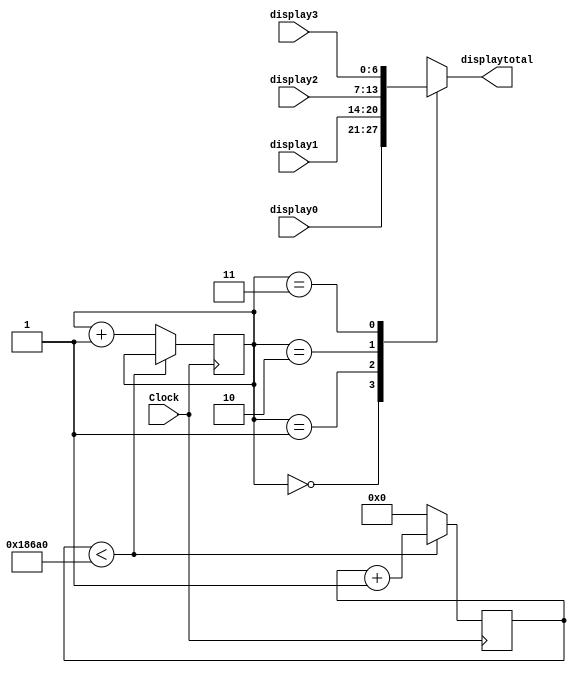
`timescale 1ns / 1ps
//////////////////////////////////////////////////////////////////////////////////
// Company: 
// Engineer: 
// 
// Design Name: 
// Module Name:    Selectordisplay 
// Project Name: 
// Target Devices: 
// Tool versions: 
// Description: 
//
// Dependencies: 
//
// Revision: 
// Revision 0.01 - File Created
// Additional Comments: 
//
//////////////////////////////////////////////////////////////////////////////////
module Selectordisplay(Clock,display0,display1,display2,display3,displaytotal);
	 
	input Clock;
	input [6:0] display0,display1,display2,display3;
	output reg [6:0] displaytotal;
			
		reg [1:0] digito = 0;
		reg [25:0] counter = 0;
	
	 
	 always@(posedge Clock)
	 begin 
			if(counter < 100000)
				counter <= counter +1;
			else 
				begin
					counter <= 0;
					digito <= digito+ 1;
				end
	 	  
	 end
	 
	 always@(*)
	 begin
	 
	 case(digito)
	
			2'b00 : displaytotal = display0;
			2'b01 : displaytotal = display1;
			2'b10 : displaytotal = display2;
			2'b11 : displaytotal = display3;
			default displaytotal = 7'bxxxxxxx;
	
			endcase
	 
	 end
	 
	  
		
endmodule